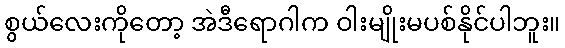
စွယ်လေးကိုတော့ အဲဒီရောဂါက ဝါးမျိုးမပစ်နိုင်ပါဘူး။